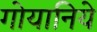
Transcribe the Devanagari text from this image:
गोयानिये